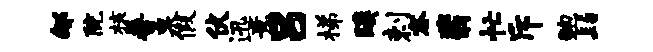
郇院核普泉假伏迅意吕梯蹊剌容翡忙斥鲍髫